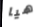
هيا